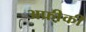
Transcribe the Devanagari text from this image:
अफ्री़की